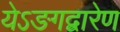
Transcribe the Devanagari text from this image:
येऽङगद्वारेण